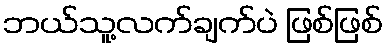
ဘယ်သူ့လက်ချက်ပဲ ဖြစ်ဖြစ်